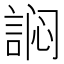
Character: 𰴻